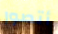
أتصور